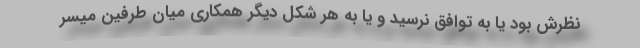
نظرش بود یا به توافق نرسید و یا به هر شکل دیگر همکاری میان طرفین میسر